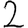
Digit: 2